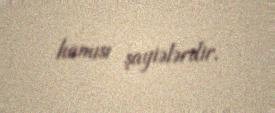
hamısı şayiələrdir.